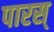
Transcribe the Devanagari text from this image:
पारस्